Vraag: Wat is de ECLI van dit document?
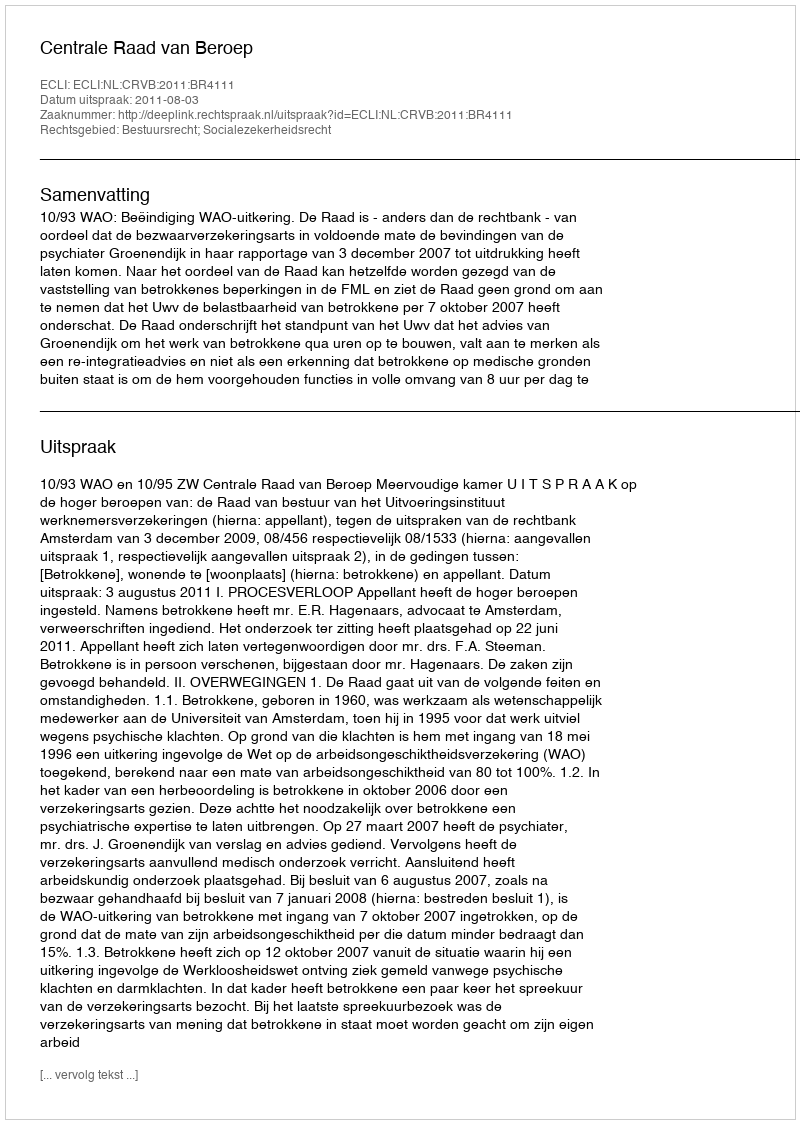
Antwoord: ECLI:NL:CRVB:2011:BR4111